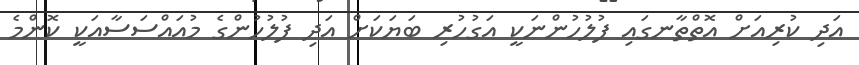
އަދި ކުރިއަށް އޮތްތާނގައި ފުލުހުންނަކީ އަގުހުރި ބަޔަކަށް އަދި ފުލުހުންގެ މުއައްސަސާއަކީ ކޮންމެ